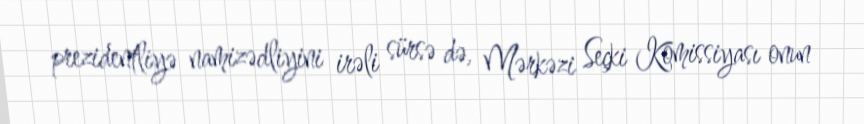
prezidentliyə namizədliyini irəli sürsə də, Mərkəzi Seçki Komissiyası onun